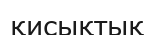
қисықтық